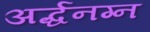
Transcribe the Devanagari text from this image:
अर्द्धनग्न